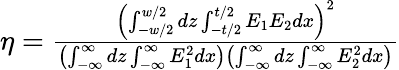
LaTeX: \begin{array}{r}{\eta=\frac{\left(\int_{-w/2}^{w/2}dz\int_{-t/2}^{t/2}E_{1}E_{2}dx\right)^{2}}{\left(\int_{-\infty}^{\infty}dz\int_{-\infty}^{\infty}E_{1}^{2}dx\right)\left(\int_{-\infty}^{\infty}dz\int_{-\infty}^{\infty}E_{2}^{2}dx\right)}}\end{array}